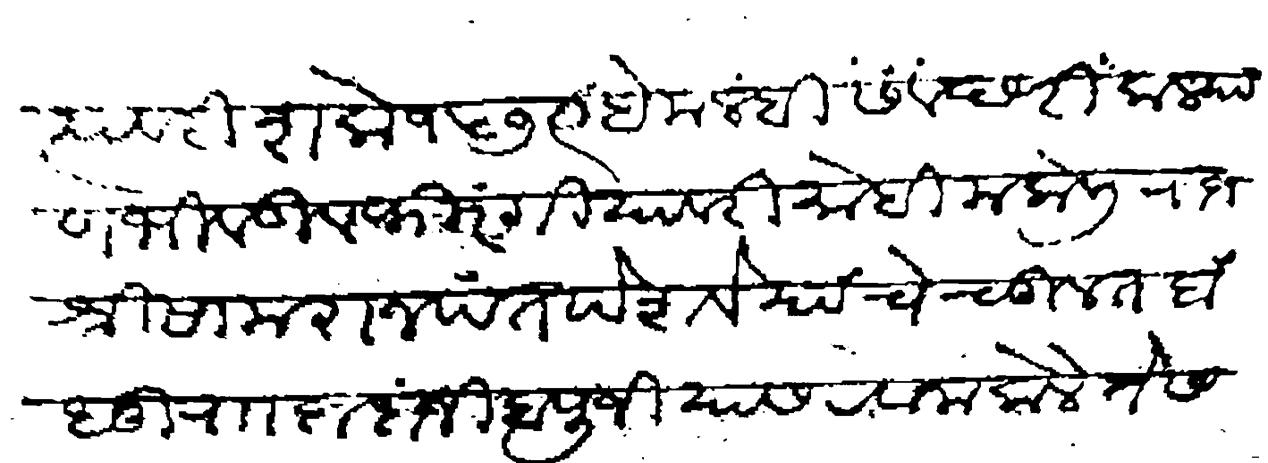
Transliteration (Devanagari): त्यावरी शके १५७९ हेमलंबी संवछरी कल्याण भिवंडी व फिरंगी यावरी मोहिम केली राजश्री सामराजपंत पेशवे यांचे चुलत बंधू राा दादाजी बापुजी यास रवाना केले ते